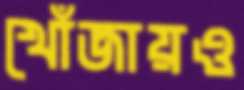
খোঁজায়ও